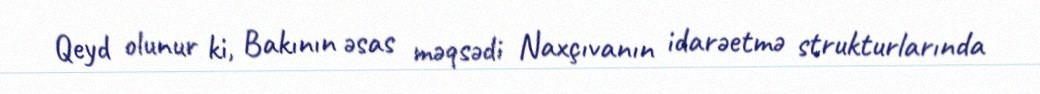
Qeyd olunur ki, Bakının əsas məqsədi Naxçıvanın idarəetmə strukturlarında